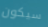
سيكون